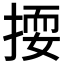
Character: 𱠕